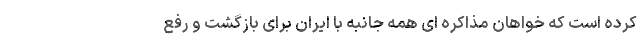
کرده است که خواهان مذاکره ای همه جانبه با ایران برای بازگشت و رفع